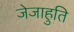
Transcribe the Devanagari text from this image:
जेजाहुति